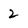
Character: 2